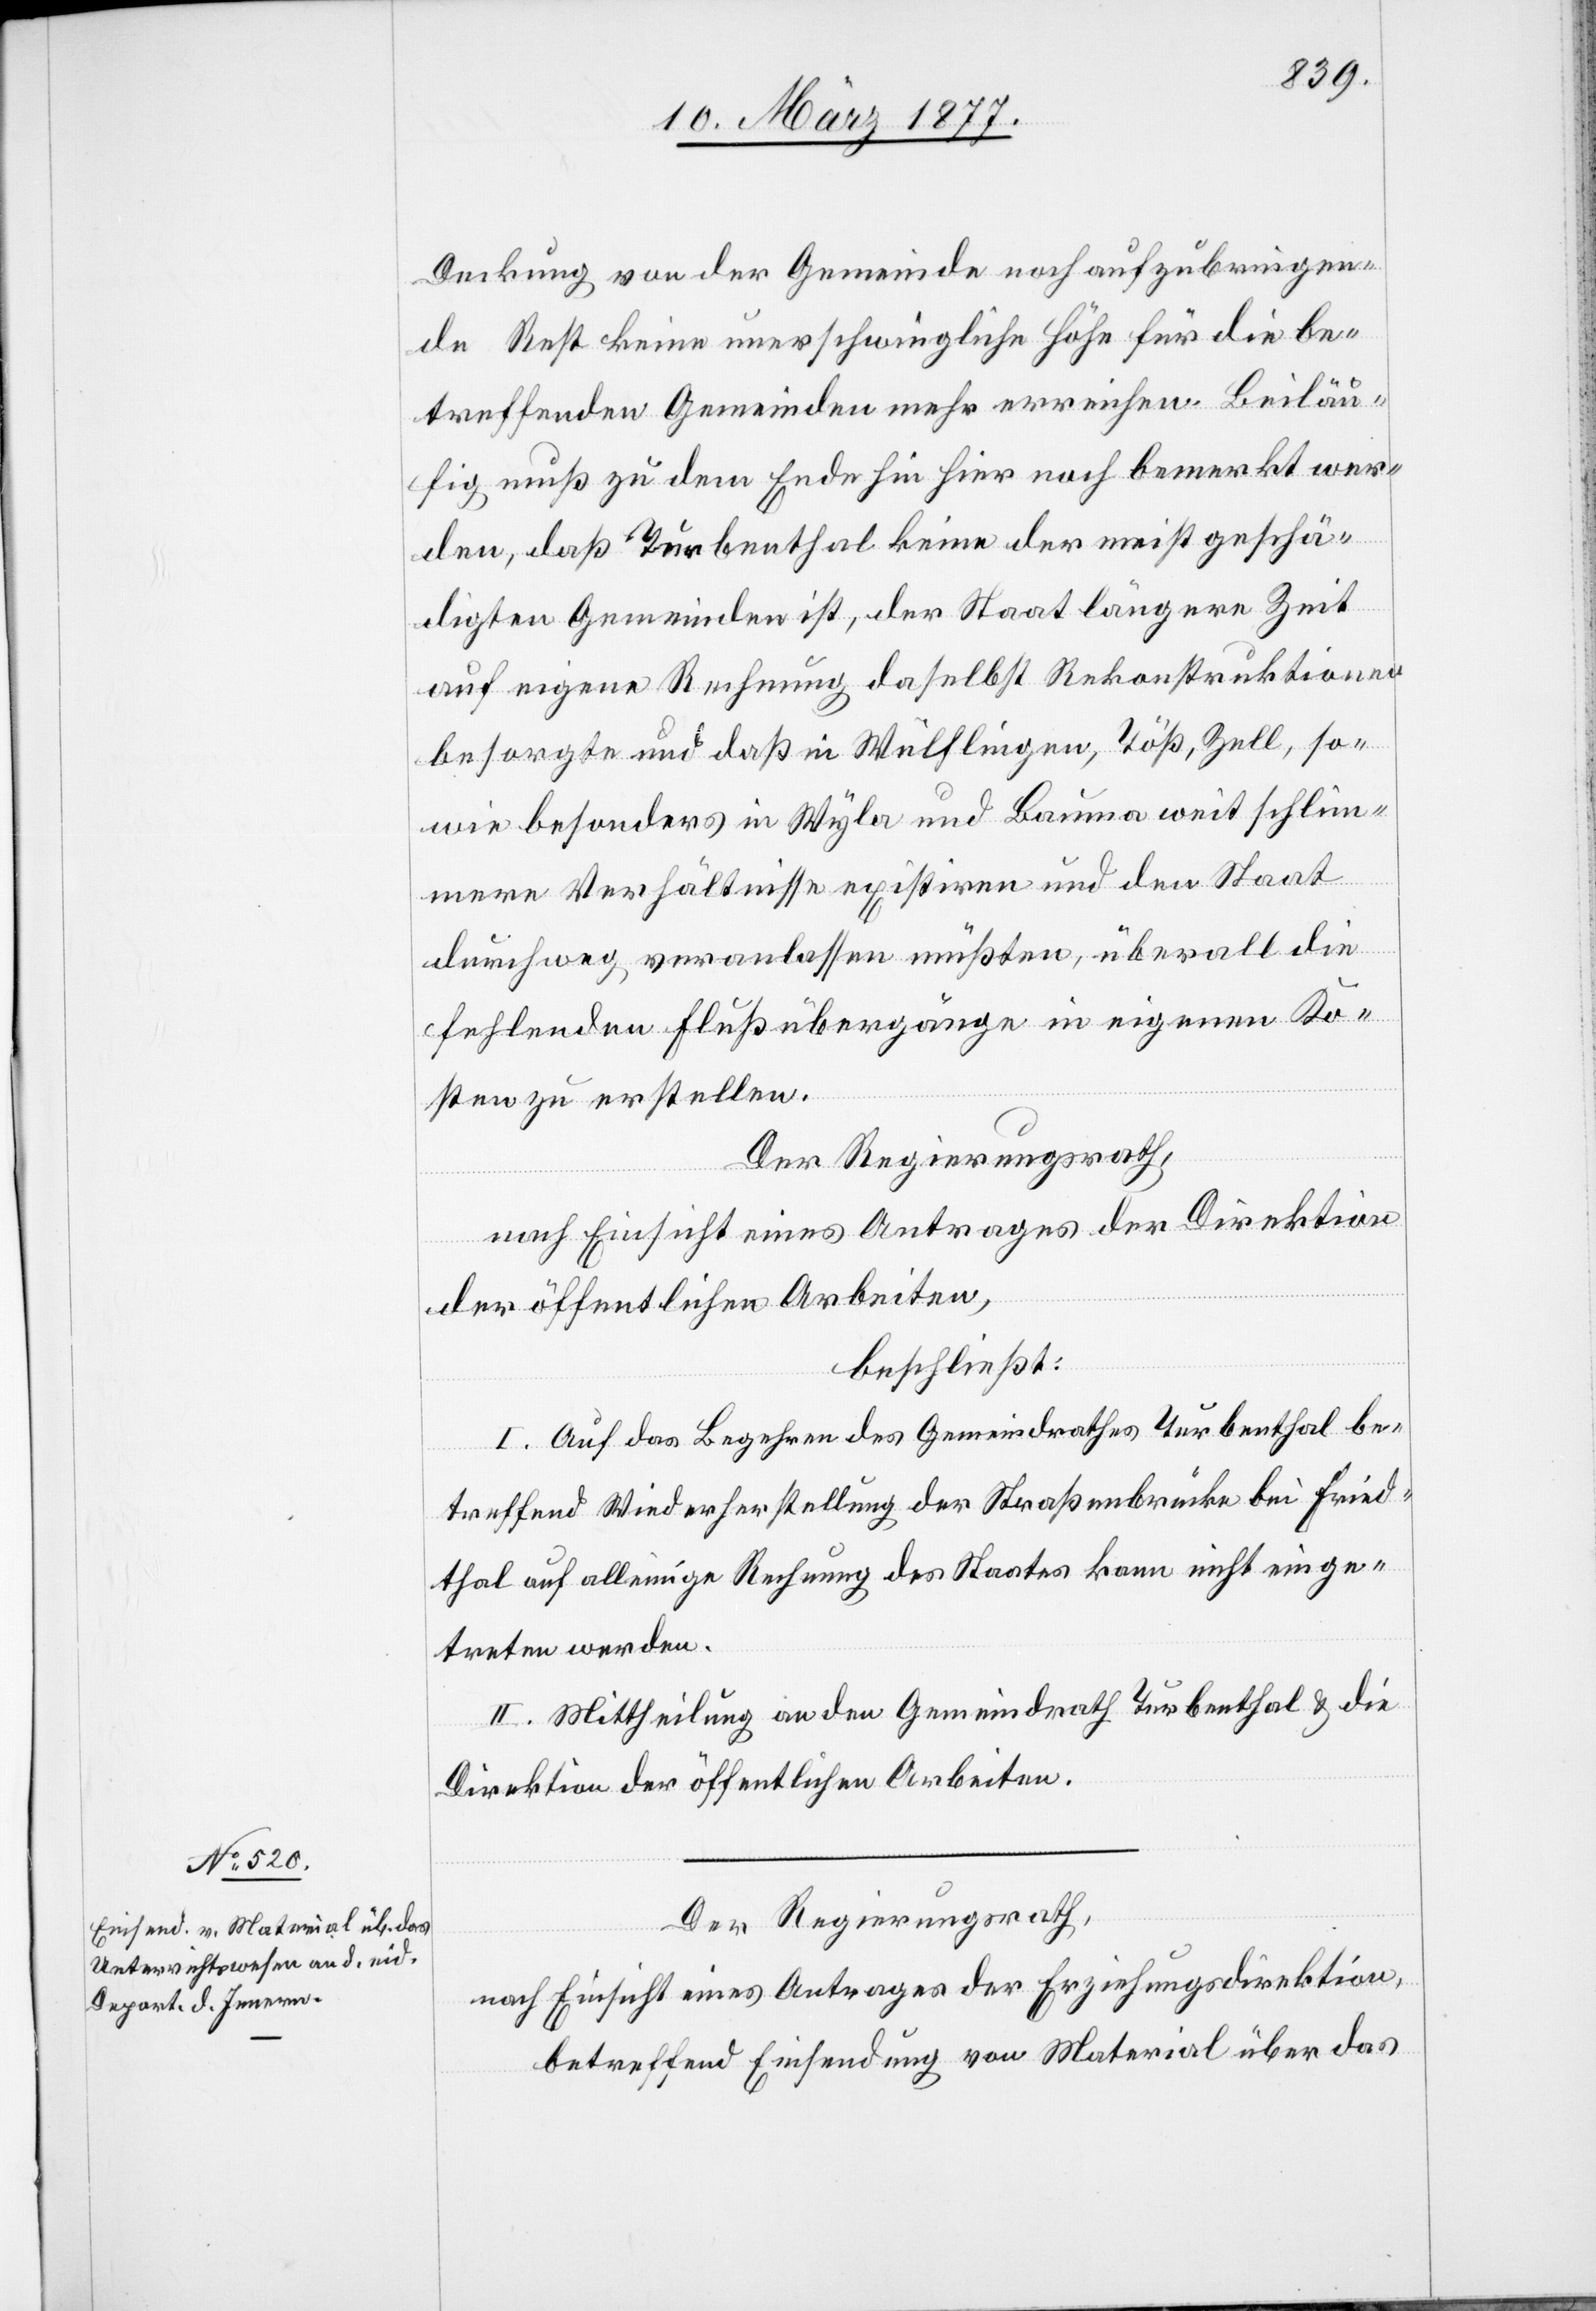
Deckung von der Gemeinde noch aufzubringen¬
de Rest keine unerschwingliche Höhe für die be¬
treffenden Gemeinden mehr erreichen. Beiläu¬
fig muß zu dem Ende hin hier noch bemerkt wer¬
den, daß Turbenthal keine der meistgeschä¬
digten Gemeinden ist, der Staat längere Zeit
auf eigene Rechnung daselbst Rekonstruktionen
besorgte und daß in Wülflingen, Töß, Zell, so¬
wie besonders in Wyla und Bauma weit schlim¬
mere Verhältnisse existiren und den Staat
durchweg veranlassen müßten, überall die
fehlenden Flußübergänge in eigenen Ko¬
sten zu erstellen.
Der Regierungsrath,
nach Einsicht eines Antrages der Direktion
der öffentlichen Arbeiten,
beschließt:
I. Auf das Begehren des Gemeindrathes Turbenthal be¬
treffend Wiederherstellung der Straßenbrücke bei Fried¬
thal auf alleinige Rechnung des Staates kann nicht einge¬
treten werden.
II. Mittheilung an den Gemeindrath Turbenthal & die
Direktion der öffentlichen Arbeiten.
Der Regierungsrath,
nach Einsicht eines Antrages der Erziehungsdirektion,
betreffend Einsendung von Material über das